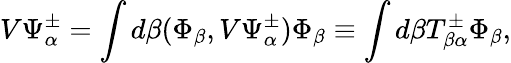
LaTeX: V\Psi_{\alpha}^{\pm}=\int d\beta(\Phi_{\beta},V\Psi_{\alpha}^{\pm})\Phi_{\beta}\equiv\int d\beta T_{\beta\alpha}^{\pm}\Phi_{\beta},